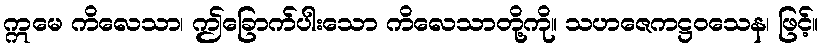
ဣမေ ကိလေသာ၊ ဤခြောက်ပါးသော ကိလေသာတို့ကို။ သဟဇေကဋ္ဌဝသေန၊ ဖြင့်။